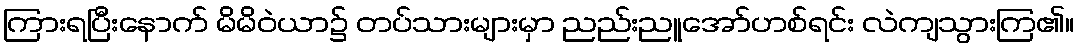
ကြားရပြီးနောက် မိမိဝဲယာ၌ တပ်သားများမှာ ညည်းညူအော်ဟစ်ရင်း လဲကျသွားကြ၏။